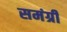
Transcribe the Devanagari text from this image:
समंग्री